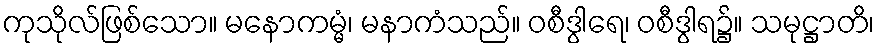
ကုသိုလ်ဖြစ်သော။ မနောကမ္မံ၊ မနာကံသည်။ ဝစီဒွါရေ၊ ဝစီဒွါရ၌။ သမုဋ္ဌာတိ၊